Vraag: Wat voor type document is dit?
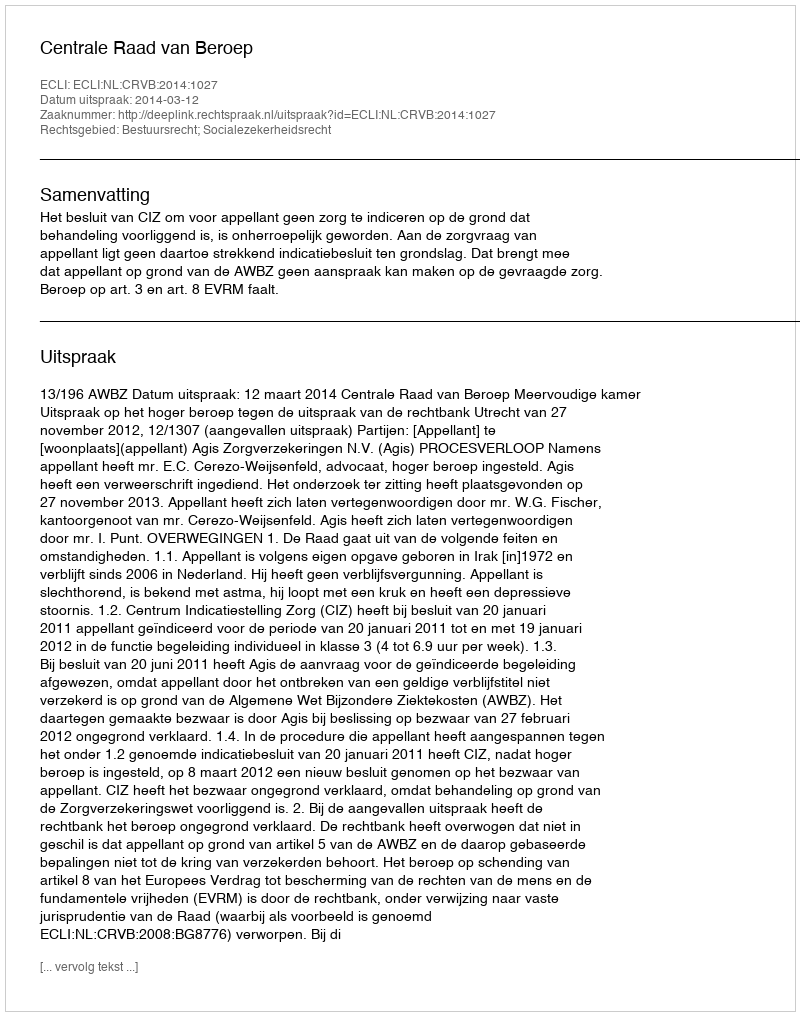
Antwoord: Uitspraak